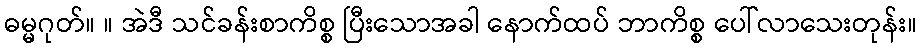
ဓမ္မဂုတ်။ ။ အဲဒီ သင်ခန်းစာကိစ္စ ပြီးသောအခါ နောက်ထပ် ဘာကိစ္စ ပေါ်လာသေးတုန်း။